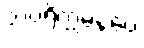
သပရိက္ကမနံပေ